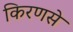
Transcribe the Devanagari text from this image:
किरणसे